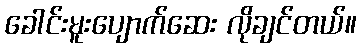
ခေါင်းမူးပျောက်ဆေး လိုချင်တယ်။